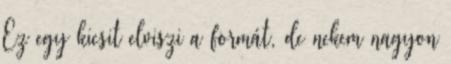
Ez egy kicsit elviszi a formát, de nekem nagyon